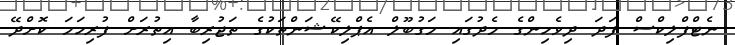
ނެޓްފްލިކްސް ފަދަ ދިވެހިންގެ މެދުގައި މަގުބޫލް އެޕްލިކޭޝަންތަކުގެ ތަޖުރިބާ އިތުރަށް ފުރިހަމަ ކޮށްދޭ